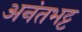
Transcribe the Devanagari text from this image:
अनंतभट्ट